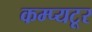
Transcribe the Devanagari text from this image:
कम्प्यटूर